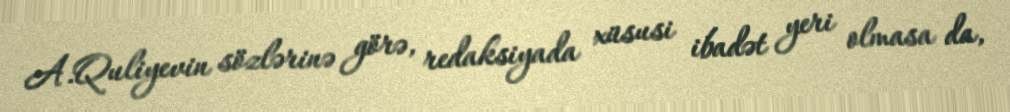
A.Quliyevin sözlərinə görə, redaksiyada xüsusi ibadət yeri olmasa da,